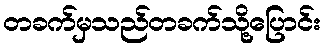
တခက်မှသည်တခက်သို့ပြောင်း